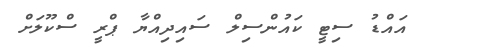
އައްޑު ސިޓީ ކައުންސިލް ސައިދިއްޔާ ޕްރީ ސްކޫލަށް